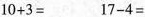
$$1 0 + 3 =$$ $$1 7 - 4 =$$